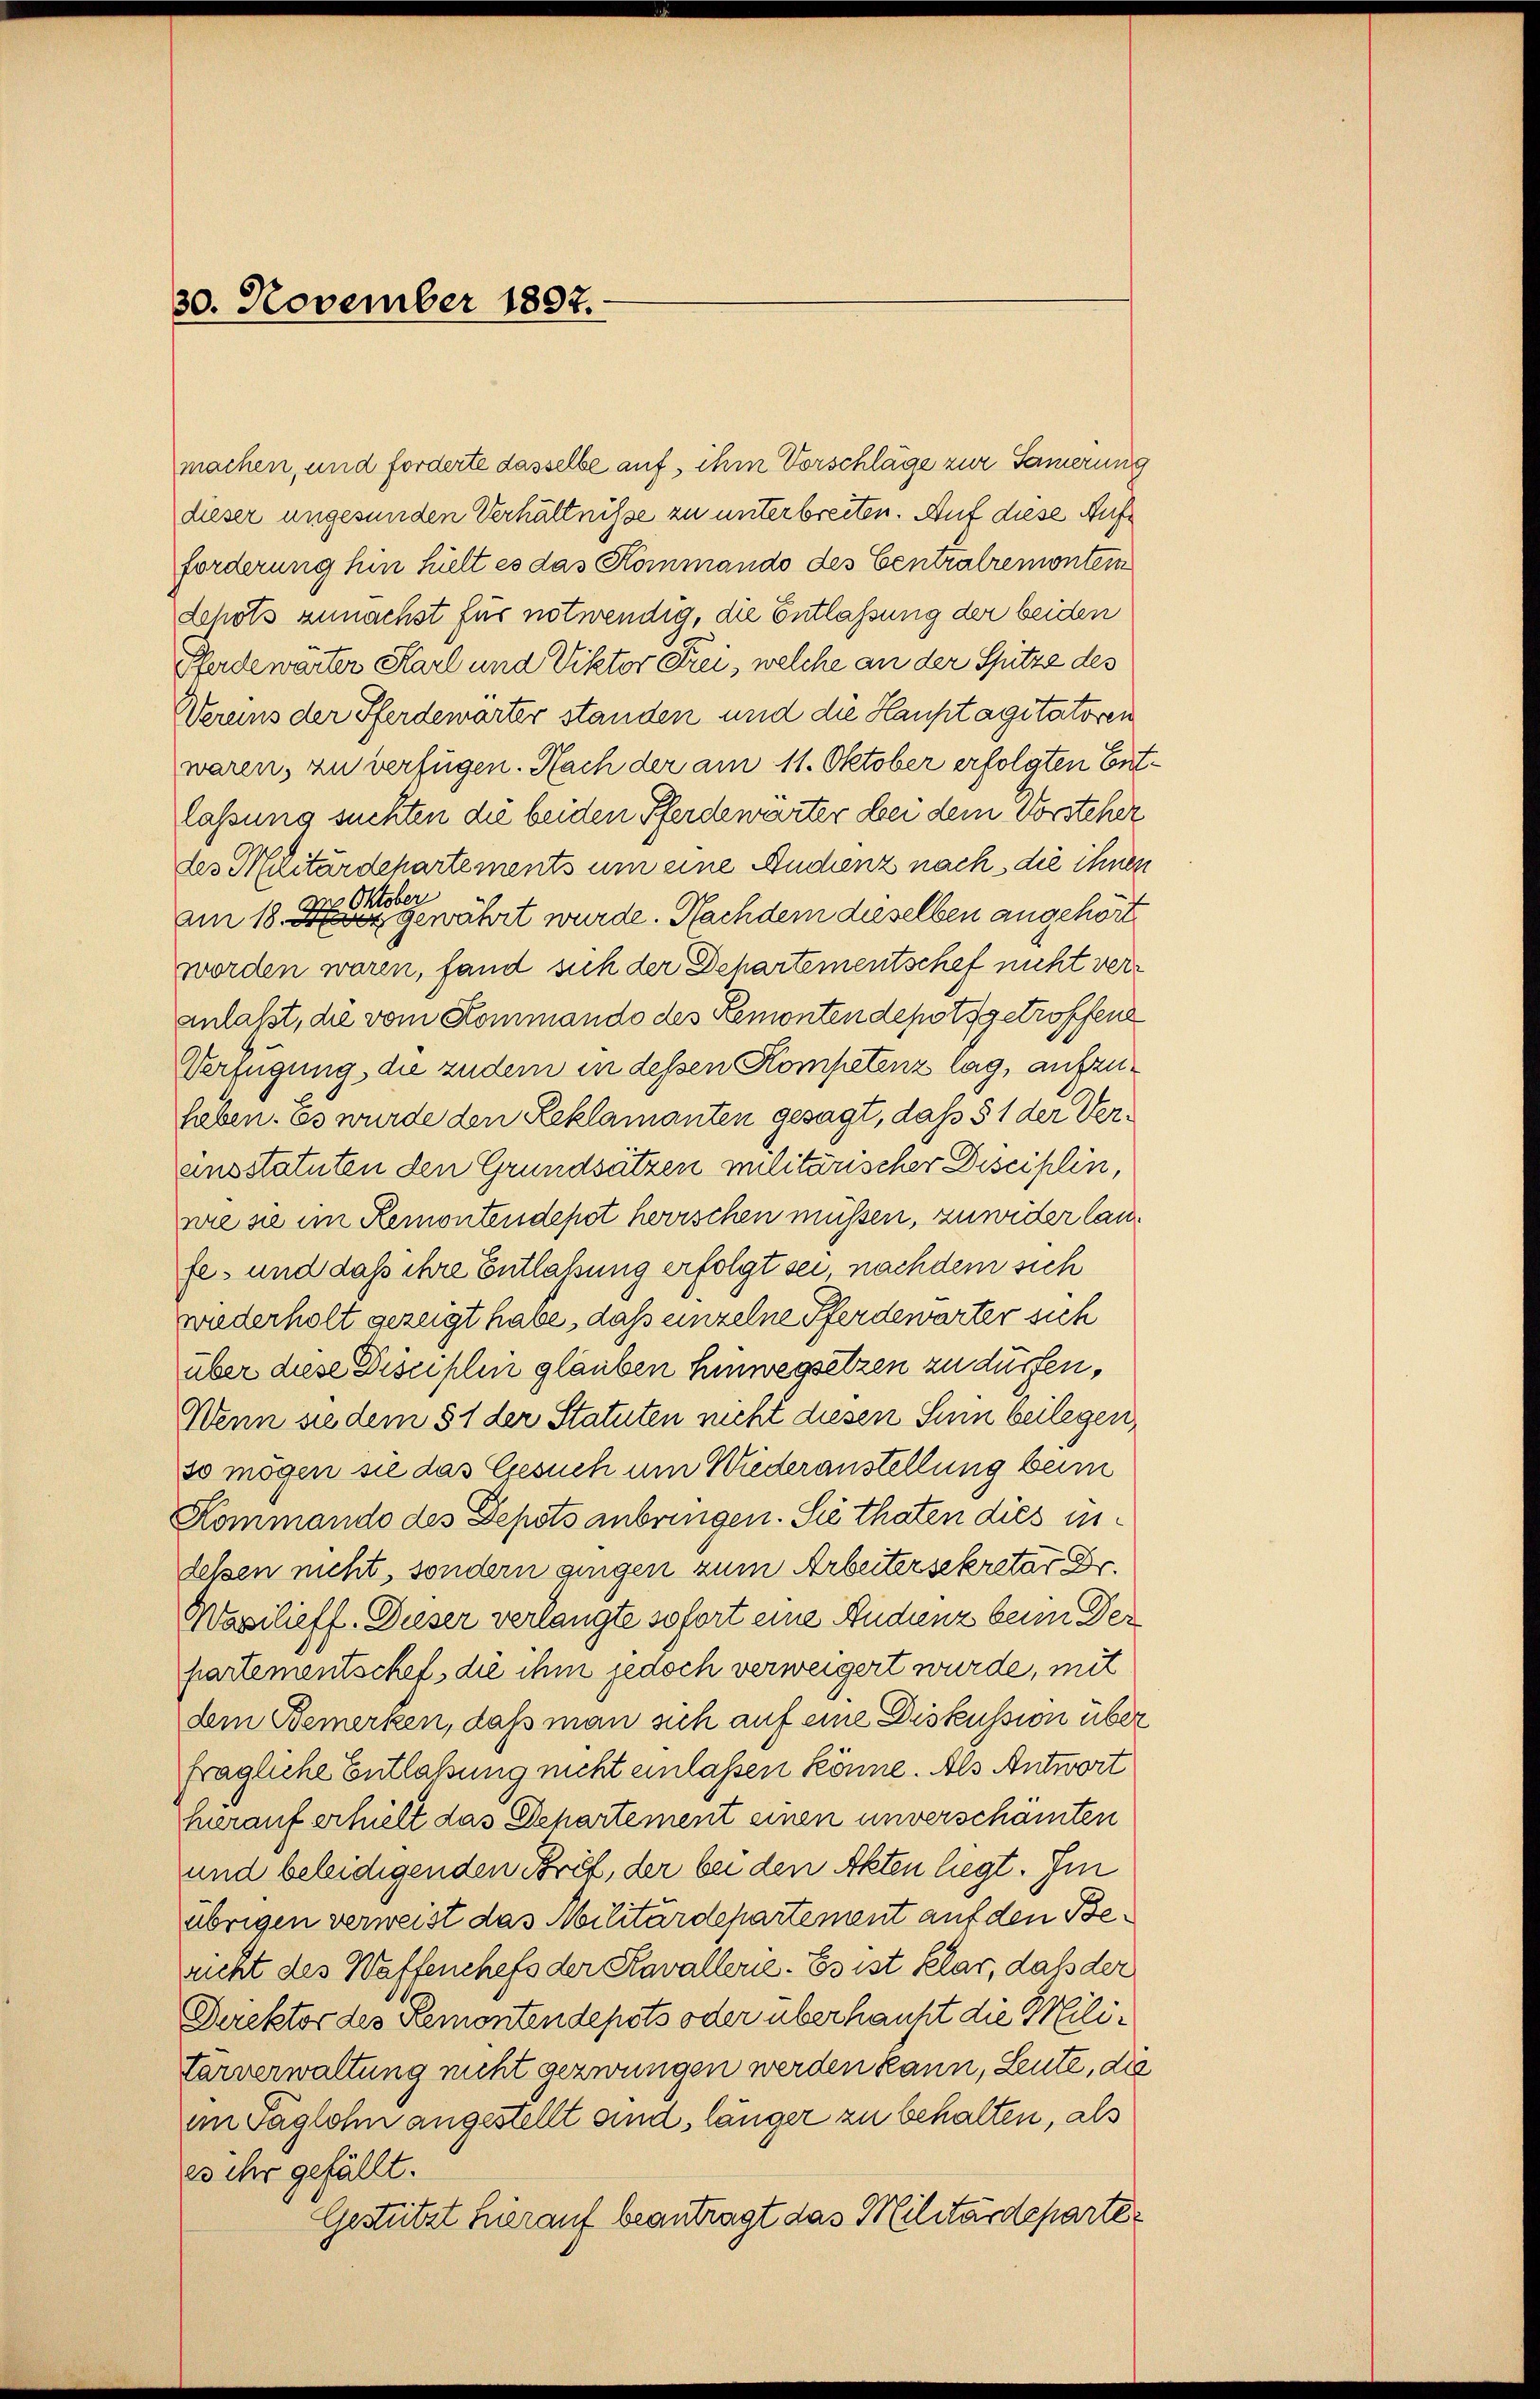
30. November 1897.

Schots zunächst für notwendig, die Entlassung der beiden
Pferdewärter Karl und Viktor Frei, welche an der Spitze des
Vereins der Pferdewarter standen und die Hauptagitatoren
waren, zu verfügen. Nach der am 11. Oktober erfolgten Entlassung suchten die beiden Pferdewärter bei dem Vorsteher
des Militärdehartements um eine Audienz nach die ihnen
am 18. die gewährt wurde. Nachdem dieselben angehört
worden waren, fand sich der Behartementschef nicht veranlaßt, die vom Kommando des Remontendepots getroffene
Verfügung, die zudem in dessen Kompetenz lag, aufzuhaben. Es wurde den Reklamanten gesagt, dass § 1 der Veransstatuten den Grundsätzen militärischer Disciplin,
wie sie im Remontendepot horischen müssen, zuwider lanfes und daß ihre Entlaßung erfolgt sei, nachdem sich
wiederholt gezeigt habe, daß einzelne Pferdewarter sich
über diese Disciplin glauben Hinwegsetzen zu dürfen,
Wenn sie dem § 1 der Statuten nicht diesen Sinn beilegen,
so mögen sie das Gesuch um Wiederanstellung beim
Kommando des Depots anbringen. Sie thaten dies indessen nicht, sondern angen zum Arbeitersekretär Dr.
Wasilieff. Dieser verlangte sofort eine Andenz beim Der
partementschef, die ihm jedoch verweigert wurde, mit
dem Bemerken, daß man sich auf eine Diskussion über
fragliche Entlaßung nicht einlassen könne. Als Antwort
hierauf erhielt das Departement einen unverschämten
und beleidigenden Brief, der bei den Akten liegt. Im
übrigen verweist das Militärdepartement auf den Berucht des Waffenchefs der Kavallerie. Es ist klar, daß der
Direktor des Remontendepots oder überhaupt die Mili¬
Larverwaltung nicht gezwungen werden kann, Leute, die
im Taglohn angestellt sind, länger zu behalten, als
es ihr gefällt.
Gestützt hierauf beantragt das Militärdeparte¬

machen, und forderte dasselbe auf, ihm Vorschläge zur Sammerung
dieser ungesunden Verhältnisse zu unterbreiten. Auf diese Aufforderung hin hielt es das Kommando des Centralremontein